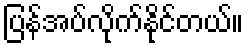
ပြန်အပ်လိုက်နိုင်တယ်။